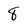
Character: 8